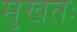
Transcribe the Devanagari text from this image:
मुखतः